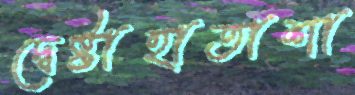
দ্বেষ্টাহাতাশা